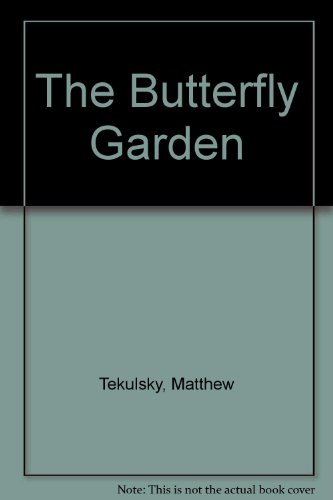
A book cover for The Butterfly Garden: Turning Your Garden, Window Box or Backyard Into A Beautiful Home for Butterflies; Mathew Tekulsky; Sports & Outdoors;